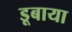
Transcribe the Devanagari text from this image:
डूबाया